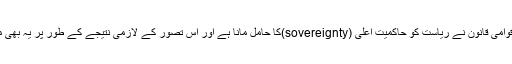
اس کی تفصیل میں جائیں تو یہ بات سامنے آتی ہے کہ بین الاقوامی قانون نے ریاست کو حاکمیت اعلی (sovereignty)کا حامل مانا ہے اور اس تصور کے لازمی نتیجے کے طور پر یہ بھی مانا ہے کہ حاکمیت اعلی کا حامل کسی کو جواب دہ نہیں ہوتا ۔